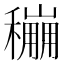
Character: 𥣌